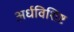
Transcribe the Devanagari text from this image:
अर्धविशिष्ट